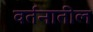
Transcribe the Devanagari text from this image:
वर्तनातील